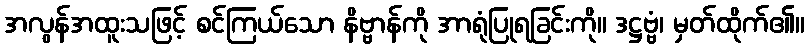
အလွန်အထူးသဖြင့် စင်ကြယ်သော နိဗ္ဗာန်ကို အာရုံပြုရခြင်းကို။ ဒဋ္ဌဗ္ဗံ၊ မှတ်ထိုက်၏။